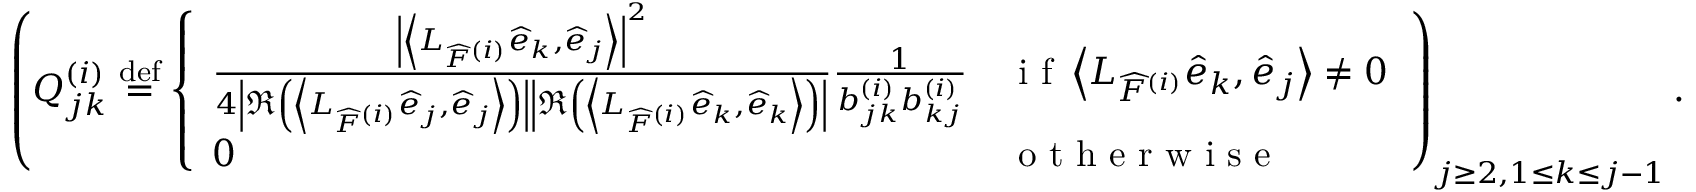
\left( Q _ { j k } ^ { ( i ) } \stackrel { \mathrm { d e f } } { = } \left\{ \begin{array} { l l } { \frac { \left| \left\langle L _ { \widehat { F } ^ { ( i ) } } \widehat { e } _ { k } , \widehat { e } _ { j } \right\rangle \right| ^ { 2 } } { 4 \left| \Re \left( \left\langle L _ { \widehat { F } ^ { ( i ) } } \widehat { e } _ { j } , \widehat { e } _ { j } \right\rangle \right) \right| \left| \Re \left( \left\langle L _ { \widehat { F } ^ { ( i ) } } \widehat { e } _ { k } , \widehat { e } _ { k } \right\rangle \right) \right| } \frac { 1 } { b _ { j k } ^ { ( i ) } b _ { k j } ^ { ( i ) } } } & { \textrm { i f } \left\langle L _ { \widehat { F } ^ { ( i ) } } \widehat { e } _ { k } , \widehat { e } _ { j } \right\rangle \neq 0 } \\ { 0 } & { \textrm { o t h e r w i s e } } \end{array} \right. \right) _ { j \geq 2 , 1 \leq k \leq j - 1 } .